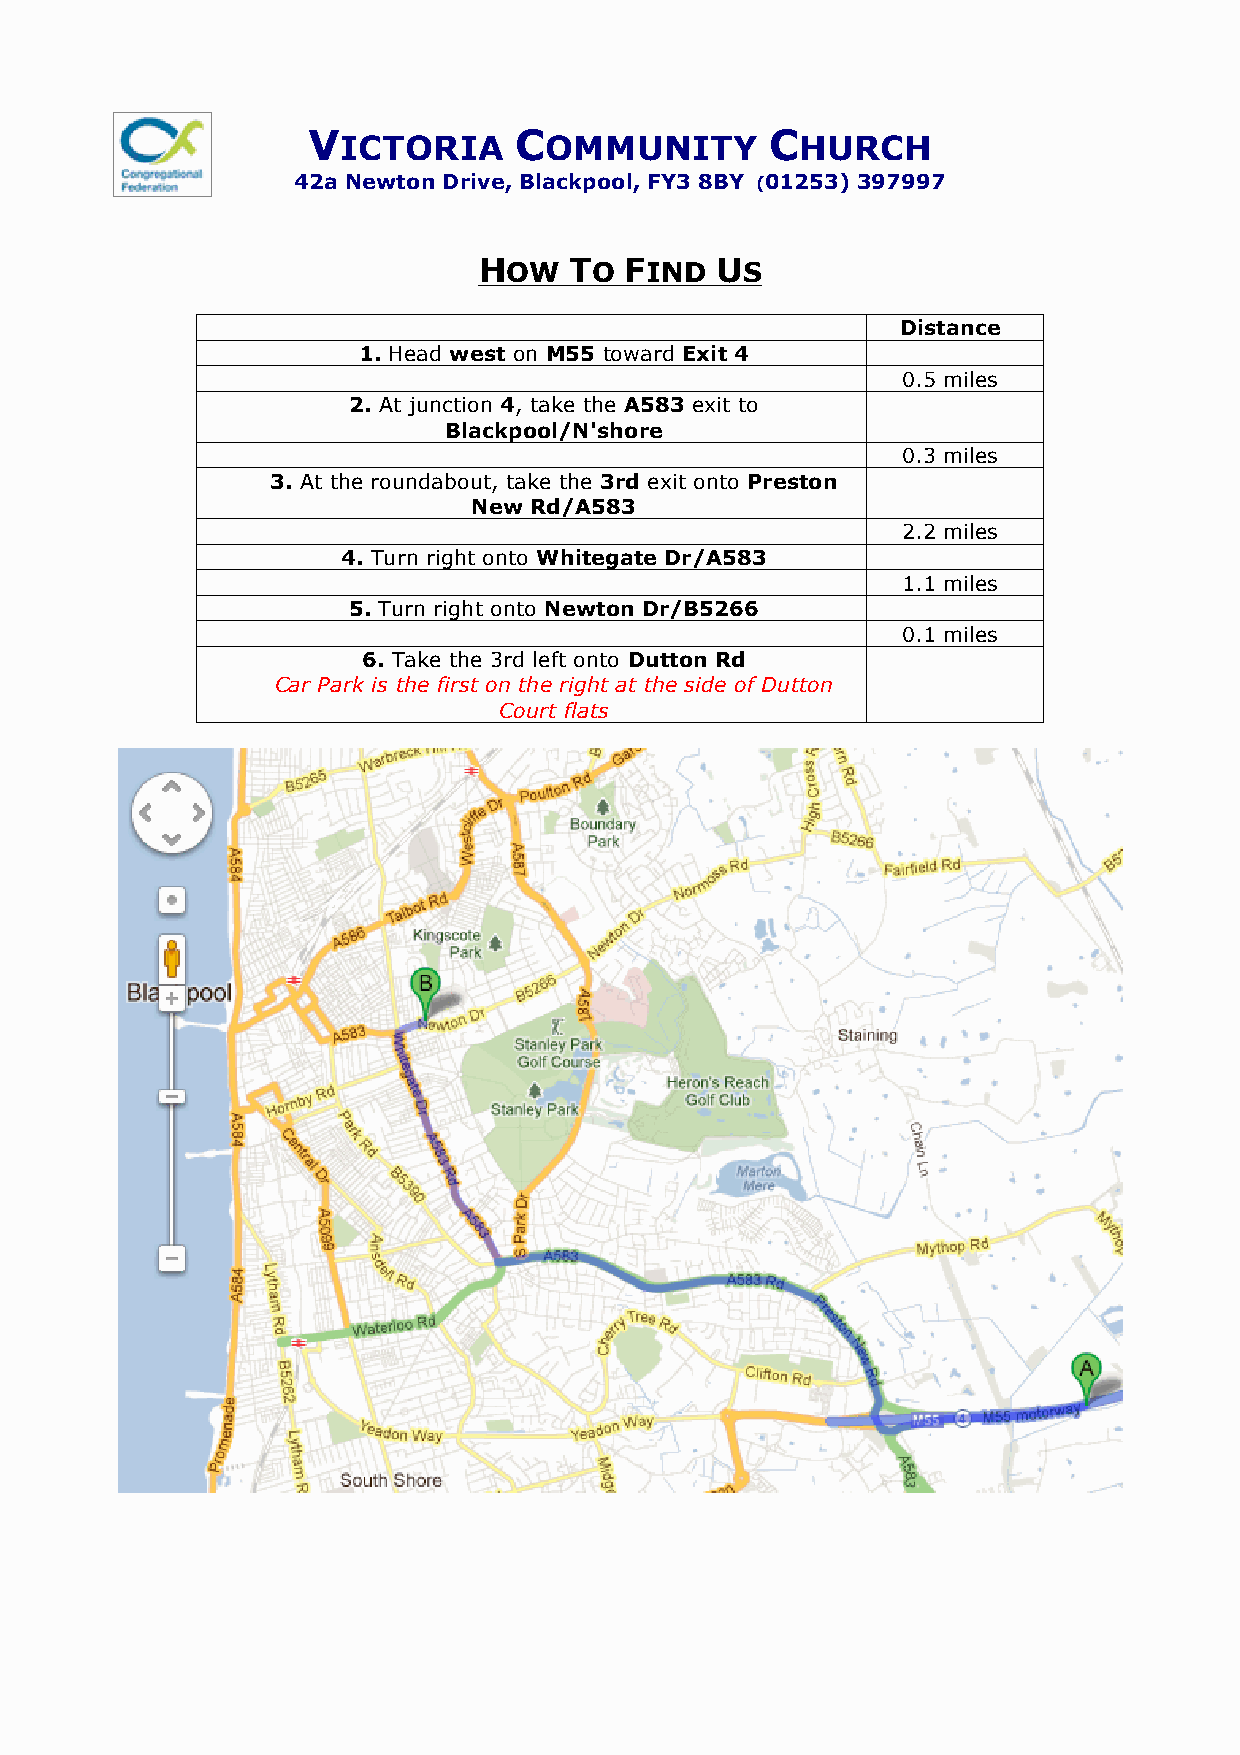
V             C                C
 ICTORIA      OMMUNITY         HURCH
 42a Newton Drive, Blackpool, FY3 8BY (01253) 397997
 HOW   TO FIND  US
 Distance
 1. Head west on M55 toward Exit 4
 0.5 miles
 2. At junction 4, take the A583 exit to
 Blackpool/N'shore
 0.3 miles
 3. At the roundabout, take the 3rd exit onto Preston
 New Rd/A583
 2.2 miles
 4. Turn right onto Whitegate Dr/A583
 1.1 miles
 5. Turn right onto Newton Dr/B5266
 0.1 miles
 6. Take the 3rd left onto Dutton Rd
 Car Park is the first on the right at the side of Dutton
 Court flats